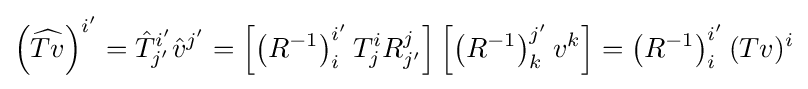
\left({\widehat {Tv}}\right)^{i'}={\hat {T}}_{j'}^{i'}{\hat {v}}^{j'}=\left[\left(R^{-1}\right)_{i}^{i'}T_{j}^{i}R_{j'}^{j}\right]\left[\left(R^{-1}\right)_{k}^{j'}v^{k}\right]=\left(R^{-1}\right)_{i}^{i'}(Tv)^{i}